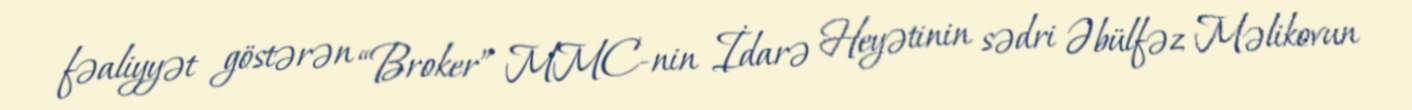
fəaliyyət göstərən “Broker” MMC-nin İdarə Heyətinin sədri Əbülfəz Məlikovun